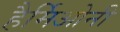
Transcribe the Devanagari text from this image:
हैर्मिओनी